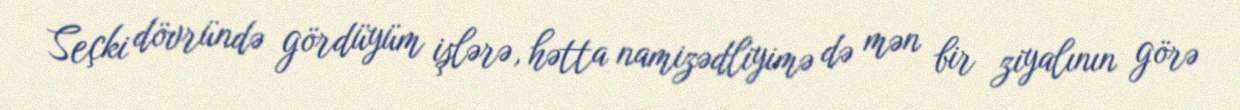
Seçki dövründə gördüyüm işlərə, hətta namizədliyimə də mən bir ziyalının görə